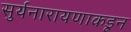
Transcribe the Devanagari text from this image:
सुर्यनारायणाकडून